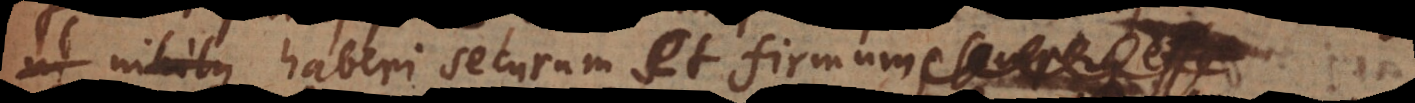
nihilque haberi securum et firmum,